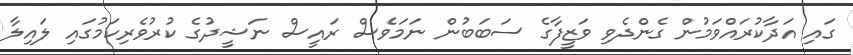
ގައި އަދާކުރައްވަމުން ގެންދެވި ވަޒީފާގެ ސަބަބުން ނަމަވެސް ރައީސް ނަޝީދުގެ ކުރުވެރިކަމުގައި ލައިލާ